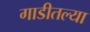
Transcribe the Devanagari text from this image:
गाडीतल्या